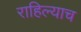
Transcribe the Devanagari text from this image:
राहिल्याच